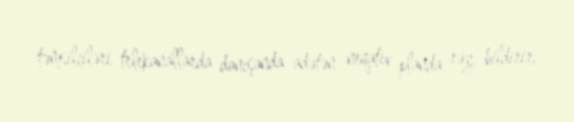
təmsilçiləri telekanallarda danışanda adətən neqativ planda rəy bildirir,